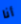
أنا